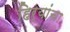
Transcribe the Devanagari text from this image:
हिर्‍यांचा